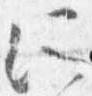
所